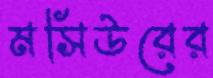
মসিউরের